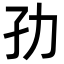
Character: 𭒹